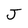
Character: J